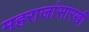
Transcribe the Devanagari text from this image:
महराजांसारखी